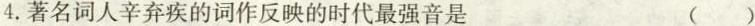
4.著名词人辛弃疾的词作反映的时代最强音是 ()